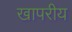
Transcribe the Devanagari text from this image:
खापरीय